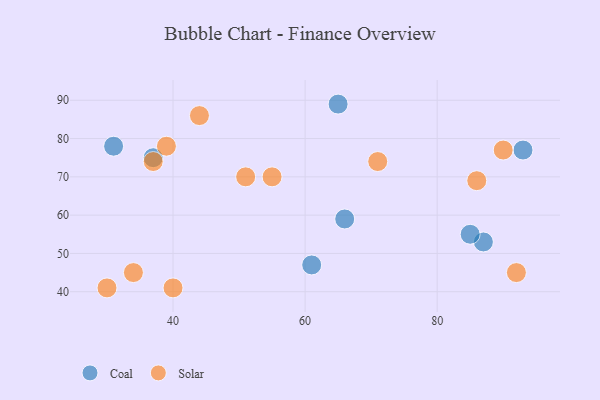
{"axis": {"x": "GDP", "y": "Life Expectancy"}, "legend": ["Coal", "Solar"], "data": [{"x": "93", "y": 77, "type": "Coal"}, {"x": "66", "y": 59, "type": "Coal"}, {"x": "37", "y": 75, "type": "Coal"}, {"x": "65", "y": 89, "type": "Coal"}, {"x": "61", "y": 47, "type": "Coal"}, {"x": "87", "y": 53, "type": "Coal"}, {"x": "85", "y": 55, "type": "Coal"}, {"x": "31", "y": 78, "type": "Coal"}, {"x": "55", "y": 70, "type": "Solar"}, {"x": "44", "y": 86, "type": "Solar"}, {"x": "37", "y": 74, "type": "Solar"}, {"x": "86", "y": 69, "type": "Solar"}, {"x": "34", "y": 45, "type": "Solar"}, {"x": "39", "y": 78, "type": "Solar"}, {"x": "92", "y": 45, "type": "Solar"}, {"x": "71", "y": 74, "type": "Solar"}, {"x": "30", "y": 41, "type": "Solar"}, {"x": "90", "y": 77, "type": "Solar"}, {"x": "51", "y": 70, "type": "Solar"}, {"x": "40", "y": 41, "type": "Solar"}]}